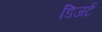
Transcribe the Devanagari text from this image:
डिजर्ट